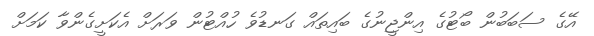
އޭގެ ސަބަބުން ބޯޓުގެ އިންޖީނުގެ ބައިތައް ގަނޑުވެ ހުއްޓުން ވަރަށް އެކަށީގެންވާ ކަމަށް